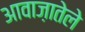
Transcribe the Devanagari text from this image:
आवाज़ातेले